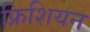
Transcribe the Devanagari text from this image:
फ्रिशियन